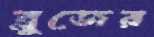
ব্লুজের